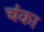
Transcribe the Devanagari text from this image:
चंका